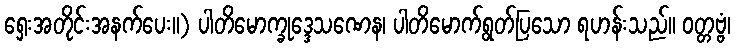
ရှေးအတိုင်းအနက်ပေး။) ပါတိမောက္ခုဒ္ဒေသဏေန၊ ပါတိမောက်ရွတ်ပြသော ရဟန်းသည်။ ဝတ္တဗ္ဗံ၊